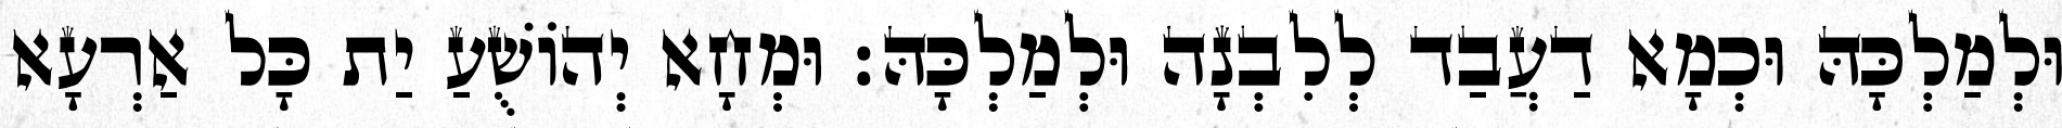
וּלְמַלְכָּהּ וּכְמָא דַעֲבַד לְלִבְנָה וּלְמַלְכָּהּ׃ וּמְחָא יְהוֹשֻׁעַ יַת כָּל אַרְעָא